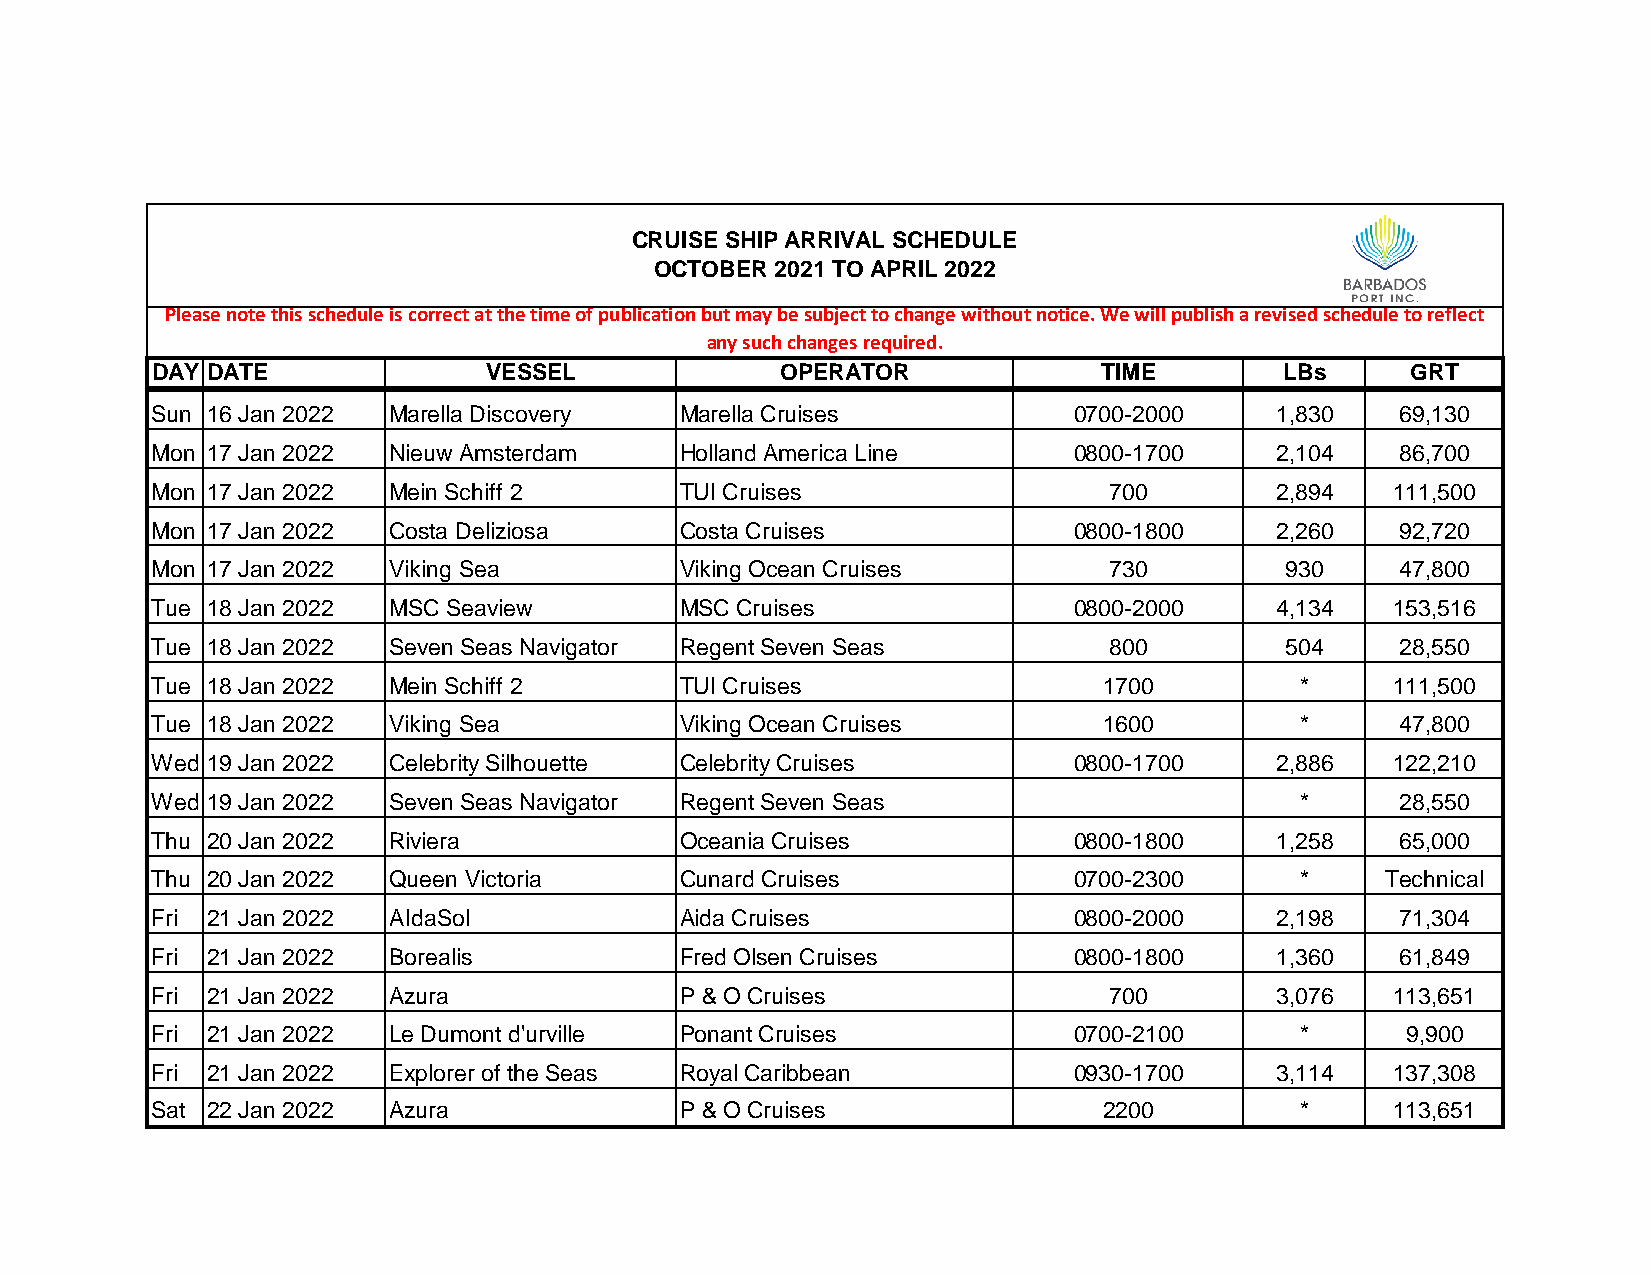
CRUISE SHIP ARRIVAL SCHEDULE
 OCTOBER 2021 TO APRIL 2022
 Please note this schedule is correct at the time of publication but may be subject to change without notice. We will publish a revised schedule to reflect
 any such changes required.
 DAY DATE              VESSEL              OPERATOR             TIME        LBs     GRT
 Sun 16 Jan 2022 Marella Discovery  Marella Cruises           0700-2000    1,830    69,130
 Mon 17 Jan 2022 Nieuw Amsterdam    Holland America Line      0800-1700    2,104    86,700
 Mon 17 Jan 2022 Mein Schiff 2      TUI Cruises                 700        2,894   111,500
 Mon 17 Jan 2022 Costa Deliziosa    Costa Cruises             0800-1800    2,260    92,720
 Mon 17 Jan 2022 Viking Sea         Viking Ocean Cruises        730         930     47,800
 Tue 18 Jan 2022 MSC Seaview        MSC Cruises               0800-2000    4,134   153,516
 Tue 18 Jan 2022 Seven Seas Navigator Regent Seven Seas         800         504     28,550
 Tue 18 Jan 2022 Mein Schiff 2      TUI Cruises                 1700         *     111,500
 Tue 18 Jan 2022 Viking Sea         Viking Ocean Cruises        1600         *      47,800
 Wed 19 Jan 2022 Celebrity Silhouette Celebrity Cruises       0800-1700    2,886   122,210
 Wed 19 Jan 2022 Seven Seas Navigator Regent Seven Seas                      *      28,550
 Thu 20 Jan 2022 Riviera            Oceania Cruises           0800-1800    1,258    65,000
 Thu 20 Jan 2022 Queen Victoria     Cunard Cruises            0700-2300      *     Technical
 Fri 21 Jan 2022 AIdaSol            Aida Cruises              0800-2000    2,198    71,304
 Fri 21 Jan 2022 Borealis           Fred Olsen Cruises        0800-1800    1,360    61,849
 Fri 21 Jan 2022 Azura              P & O Cruises               700        3,076   113,651
 Fri 21 Jan 2022 Le Dumont d'urville Ponant Cruises           0700-2100      *      9,900
 Fri 21 Jan 2022 Explorer of the Seas Royal Caribbean         0930-1700    3,114   137,308
 Sat 22 Jan 2022 Azura              P & O Cruises               2200         *     113,651